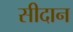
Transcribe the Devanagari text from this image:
सीदान